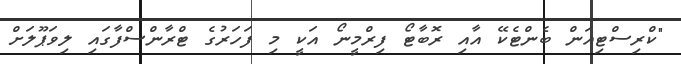
"ކްރިސްޓިއަން ބެންޓެކޭ އާއި ރޮބާޓޯ ފިރްމީނޯ އަކީ މި ފަހަރުގެ ޓްރާންސްފާގައި ލިވަޕޫލަށް